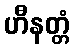
ဟီနတ္တံ